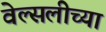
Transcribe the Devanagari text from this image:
वेल्सलीच्या